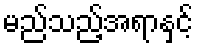
မည်သည့်အရာနှင့်